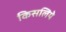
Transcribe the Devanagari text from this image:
किसलिये